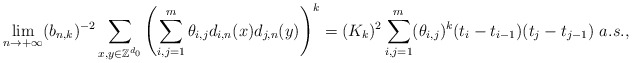
\begin{align*}\lim_{n\rightarrow +\infty}(b_{n,k})^{-2}\sum_{x,y\in\mathbb Z^{d_0}}\left(\sum_{i,j= 1}^m \theta_{i,j}d_{i,n}(x)d_{j,n}(y)\right)^k=(K_k)^2\sum_{i,j=1}^m(\theta_{i,j})^k(t_i-t_{i-1})(t_j-t_{j-1})\ a.s.,\end{align*}